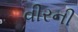
વીરની